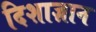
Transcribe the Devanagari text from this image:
दिशाज्ञान